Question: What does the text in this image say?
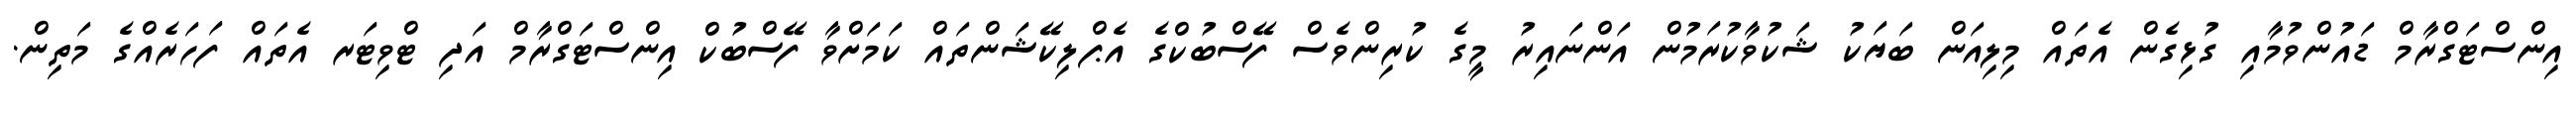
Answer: އިންސްޓަގްރާމް ޑައުންވުމާއި ގުޅިގެން އެތައް މިލިއަން ބަޔަކު ޝަކުވާކުރަމުން އަންނައިރު މީގެ ކުރިންވެސް ފޭސްބުކްގެ އެޕްލިކޭޝަންތައް ކަމަށްވާ ފޭސްބުކް އިންސްޓަގްރާމް އަދި ޓްވިޓަރ އެތައް ފަހަރެއްގެ މަތިން.